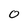
Character: 0